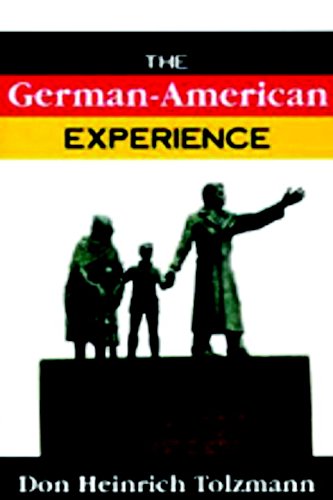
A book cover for The German-American Experience; Don Heinrich Tolzmann; Politics & Social Sciences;